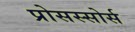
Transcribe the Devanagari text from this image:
प्रोसस्सोर्स